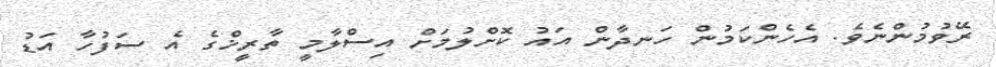
ރޭވުމުންނެވެ. އެހެންކަމުން ހަނދާން އައު ކޮށްލުމަށް އިސްލާމީ ތާރީޚްގެ އެ ސަފުހާ އަޑު